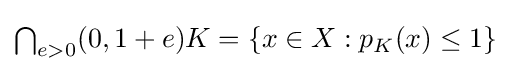
{\textstyle \bigcap _{e>0}(0,1+e)K=\left\{x\in X:p_{K}(x)\leq 1\right\}}